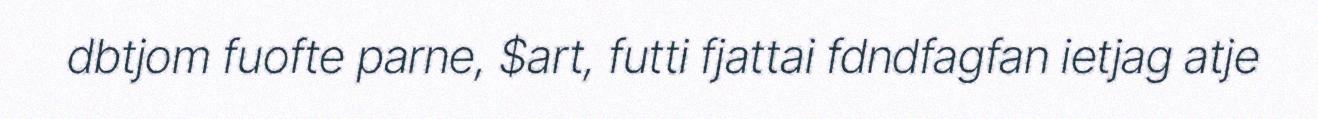
dbtjom fuofte parne, $art, futti fjattai fdndfagfan ietjag atje